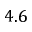
4 . 6